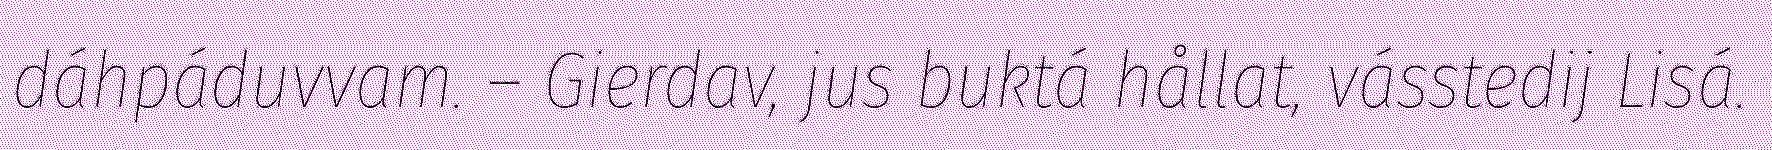
dáhpáduvvam. – Gierdav, jus buktá hållat, vásstedij Lisá.